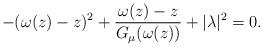
LaTeX: \begin{align*}- (\omega(z)-z)^2+\frac{\omega(z)-z}{G_{{\mu}}(\omega(z))}+|\lambda|^2=0.\end{align*}